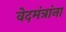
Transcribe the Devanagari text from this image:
वेदमंत्रांना